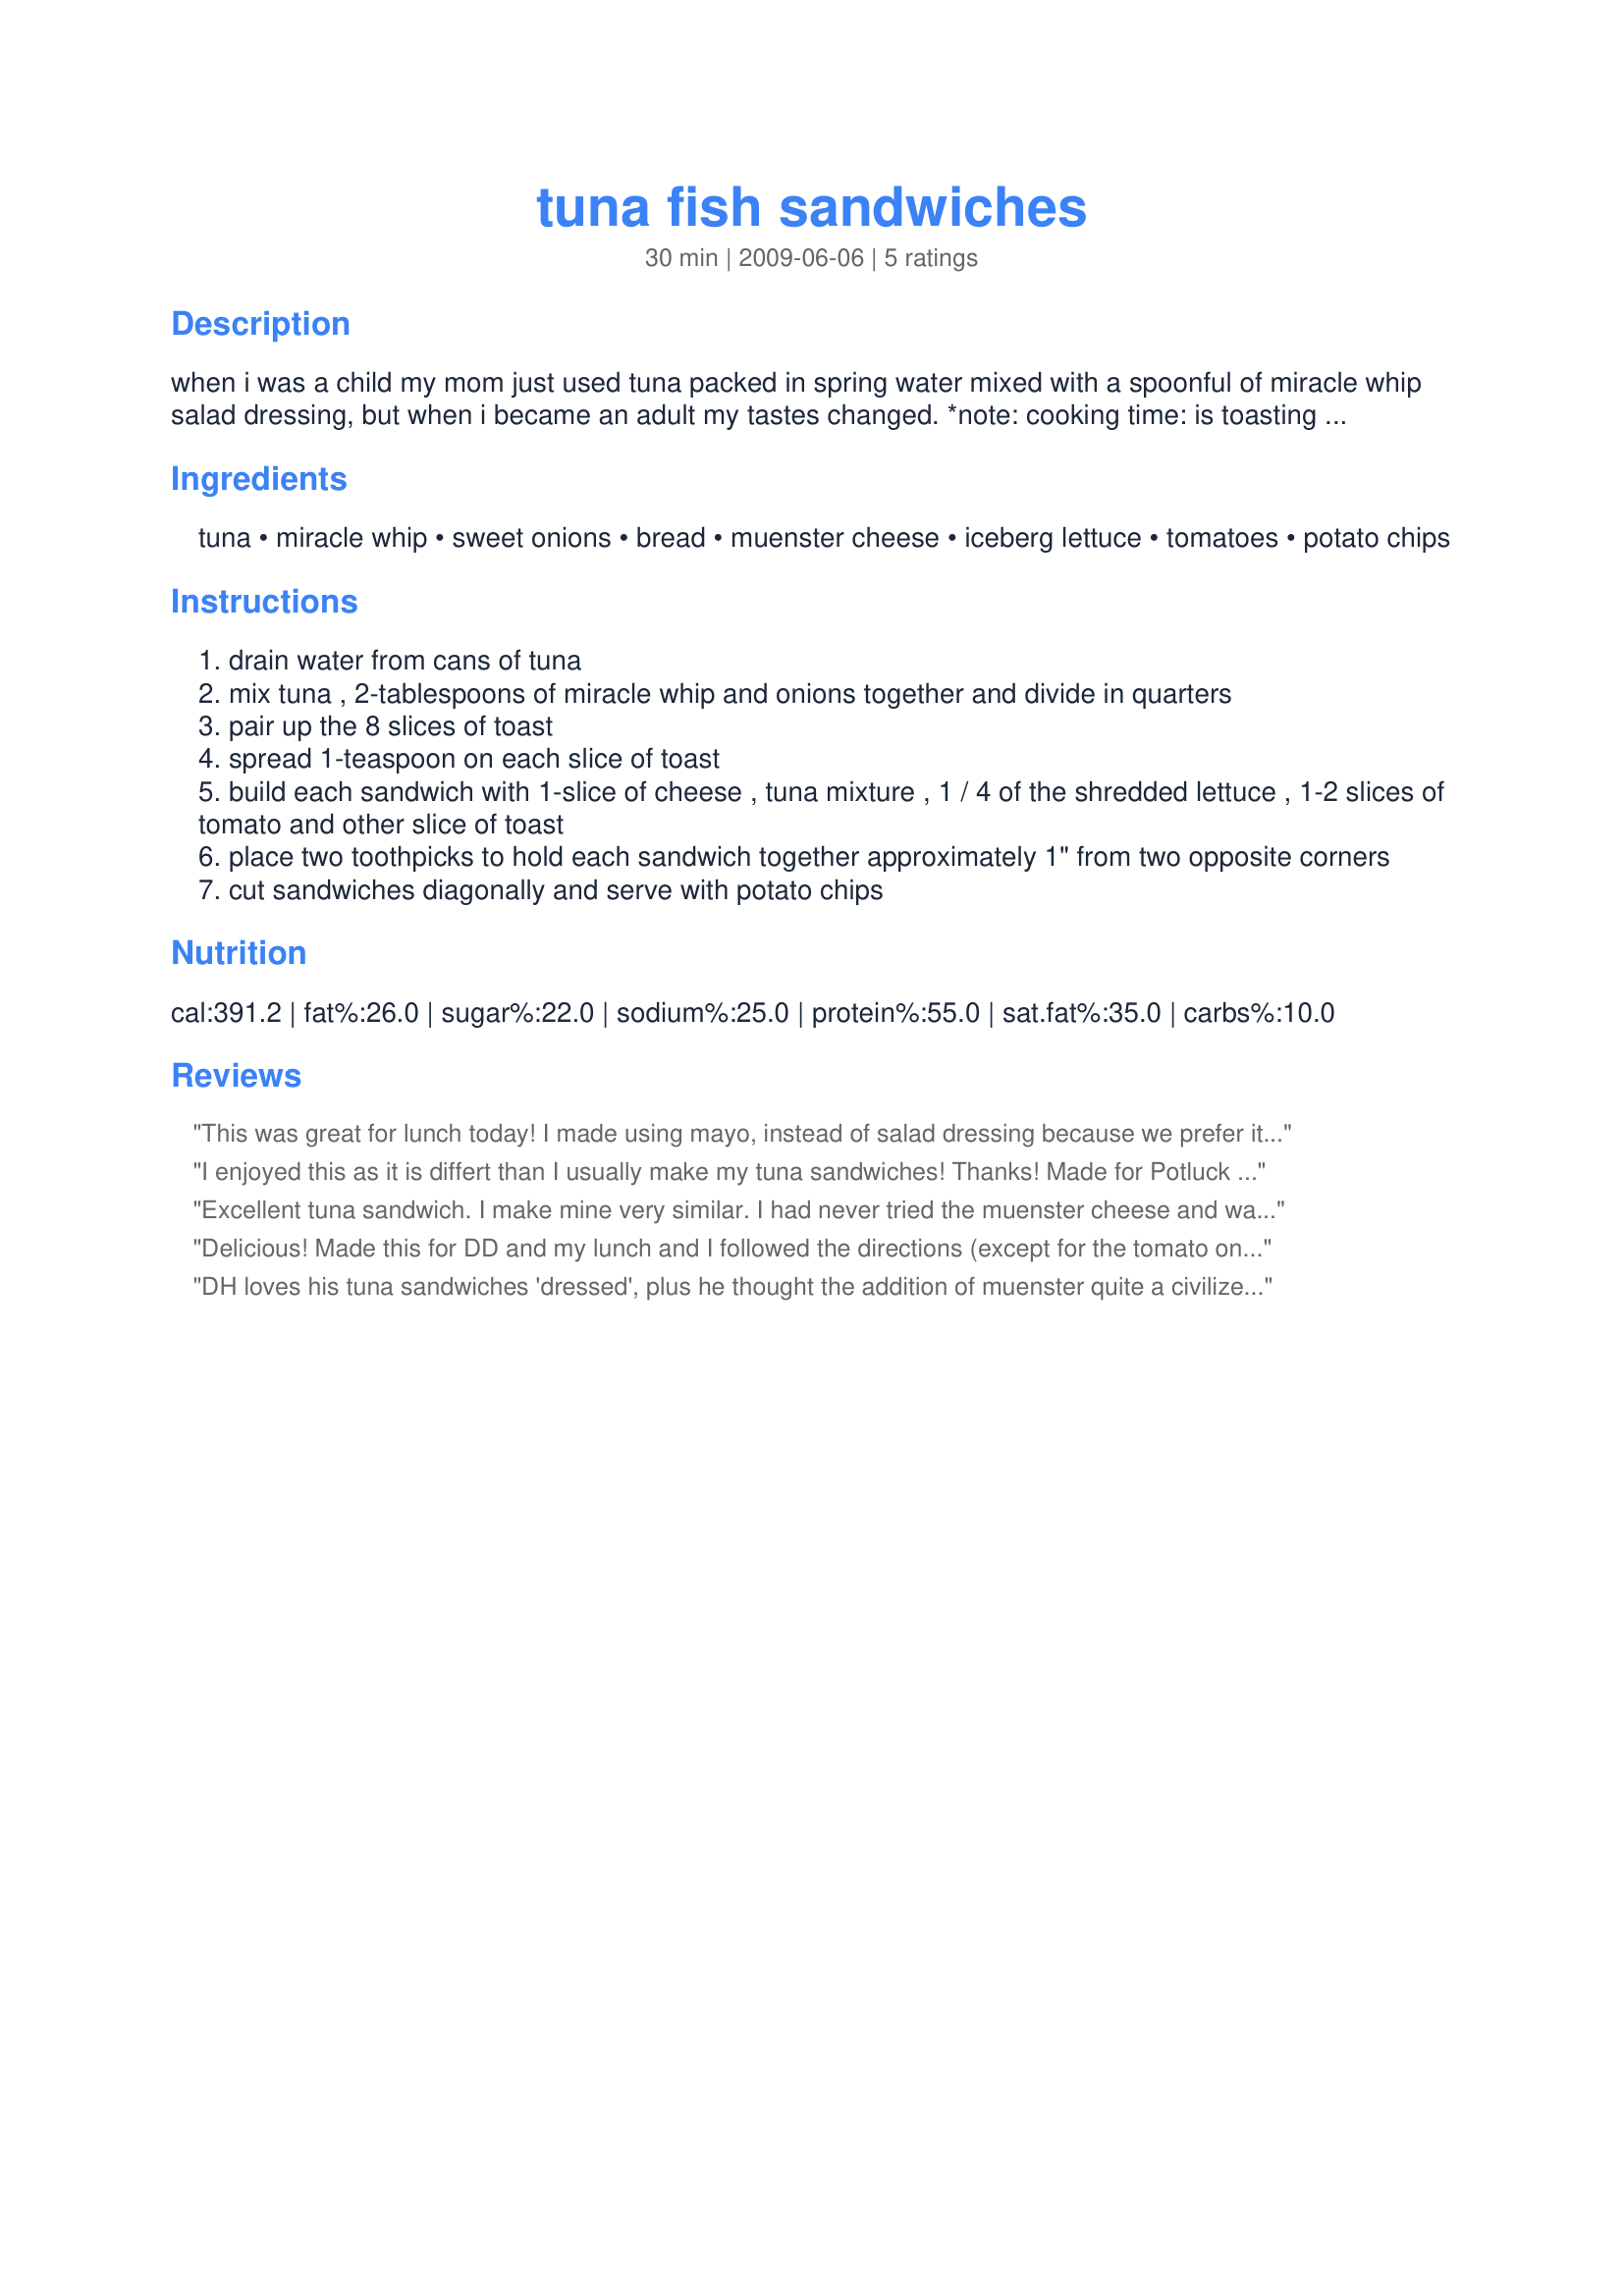
tuna fish sandwiches
Preparation time: 30 minutes

when i was a child my mom just used tuna packed in spring water mixed with a spoonful of miracle whip salad dressing, but when i became an adult my tastes changed. *note: cooking time: is toasting time.

Ingredients:
tuna, miracle whip, sweet onions, bread, muenster cheese, iceberg lettuce, tomatoes, potato chips

Steps:
drain water from cans of tuna
mix tuna , 2-tablespoons of miracle whip and onions together and divide in quarters
pair up the 8 slices of toast
spread 1-teaspoon on each slice of toast
build each sandwich with 1-slice of cheese , tuna mixture , 1 / 4 of the shredded lettuce , 1-2 slices of tomato and other slice of toast
place two toothpicks to hold each sandwich together approximately 1" from two opposite corners
cut sandwiches diagonally and serve with potato chips

Reviews:
This was great for lunch today! I made using mayo, instead of salad dressing because we prefer it! DH loved the muenster cheese and I loved the addition of the onions! I ate mine with the chips right in the sandwhich! :) Yum! made for Potluck Tag April 2010!
I enjoyed this as it is differt than I usually make my tuna sandwiches! Thanks! Made for Potluck tag.
Excellent tuna sandwich. I make mine very similar. I had never tried the muenster cheese and was pleasantly surprised how well it went with this sandwich. I'll use it again. This goes together really quick. I didn't shred my lettuce, just laid a nice piece on top and got to use fresh tomatoes from my garden for the first time this year. Thanks for sharing. Made for your win in Summer Spectacular 09 :)
Delicious! Made this for DD and my lunch and I followed the directions (except for the tomato on DD sandwich...she doesn't like fresh tomatoes) and some slivered onions added. Definately one I will make again. Made for Spring PAC 2012.
DH loves his tuna sandwiches 'dressed', plus he thought the addition of muenster quite a civilized touch. Me, I like 'nuttinonit'. Made for Potluck Tag.
